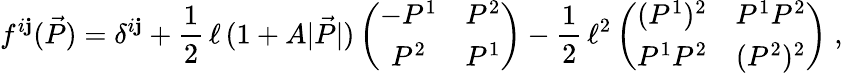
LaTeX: f^{i\mathbf{j}}(\vec{{P}})=\delta^{i\mathbf{j}}+\frac{{1}}{{2}}\, \ell\, (1+A|\vec{{P}}|)\left(\begin{array}{cc}{-P^{1}}&{P^{2}}\\ {P^{2}}&{P^{1}}\end{array}\right)-\frac{{1}}{{2}}\, \ell^{2}\left(\begin{array}{cc}{(P^{1})^{2}}&{P^{1}P^{2}}\\ {P^{1}P^{2}}&{(P^{2})^{2}}\end{array}\right)\; ,